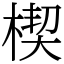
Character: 楔